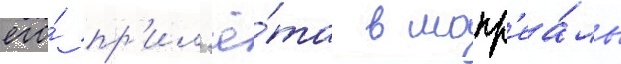
его́ пр'ил'ё́та в монр'еа́ль